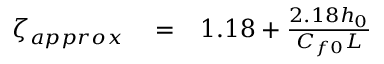
\begin{array} { r l r } { \zeta _ { a p p r o x } } & { { } = } & { 1 . 1 8 + \frac { 2 . 1 8 h _ { 0 } } { C _ { f 0 } L } } \end{array}